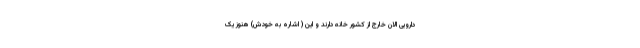
دارویی الان خارج از کشور خانه دارند و این ( اشاره به خودش) هنوز یک